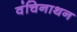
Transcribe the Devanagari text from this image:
वंचिनाथन